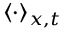
\langle \cdot \rangle _ { x , t }